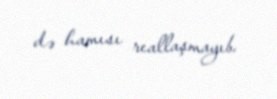
də hamısı reallaşmayıb.